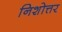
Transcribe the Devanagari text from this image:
निशोत्तर